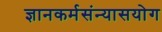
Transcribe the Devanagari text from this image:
ज्ञानकर्मसंन्यासयोग